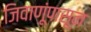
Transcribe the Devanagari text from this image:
जिवाणूंपासून